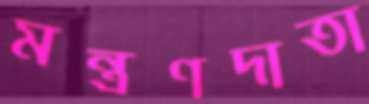
মন্ত্রণদাতা